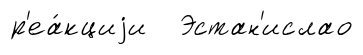
р'еа́кциjи Эстан'ислао